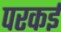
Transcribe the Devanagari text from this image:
परकई